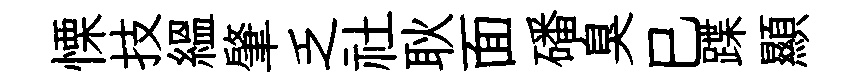
慄技緼肇乏社耿面磻臭巳蹀顯